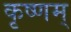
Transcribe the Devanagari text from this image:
कृष्णम्